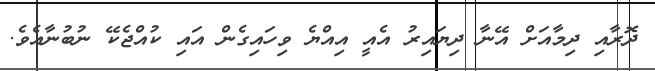
ދޮރާއި ދިމާއަށް އޭނާ ދިޔައިރު އެއީ އިއްޔެ ވިހައިގެން އައި ކުއްޖެކޭ ނުބުނާއެވެ.